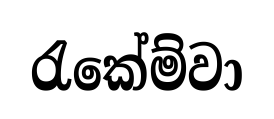
රැකේම්වා